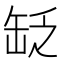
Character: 䍇